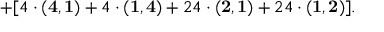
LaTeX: + [ 4 \cdot { \bf ( 4 , 1 ) } + 4 \cdot { \bf ( 1 , 4 ) } + 2 4 \cdot { \bf ( 2 , 1 ) } + 2 4 \cdot { \bf ( 1 , 2 ) } ] .